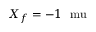
X _ { f } = - 1 ~ \mathrm { \ m u }